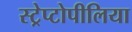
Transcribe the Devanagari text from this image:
स्ट्रेप्टोपीलिया